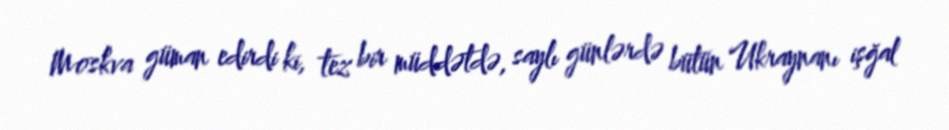
Moskva güman edirdi ki, tez bir müddətdə, saylı günlərdə bütün Ukraynanı işğal